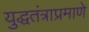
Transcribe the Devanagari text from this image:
युद्धतंत्राप्रमाणे